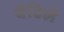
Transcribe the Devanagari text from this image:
वेढिले